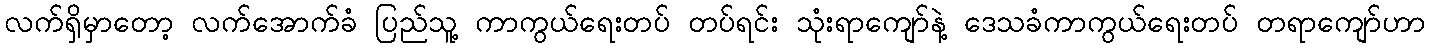
လက်ရှိမှာတော့ လက်အောက်ခံ ပြည်သူ့ ကာကွယ်ရေးတပ် တပ်ရင်း သုံးရာကျော်နဲ့ ဒေသခံကာကွယ်ရေးတပ် တရာကျော်ဟာ